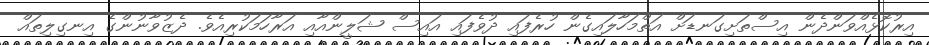
އިރުކޮޅެއްވަންދެން އިސްތަށިގަނޑަށް އަތްމަހާލައިގެން ހުރެފައި ދުވެފައި އައިސް ޝަލީންއާއި އަރާހަމަކުރިއެވެ. ދެޒުވާނުންގެ އިނގިލިތައް